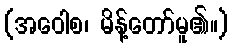
(အဝေါစ၊ မိန့်တော်မူ၏။)